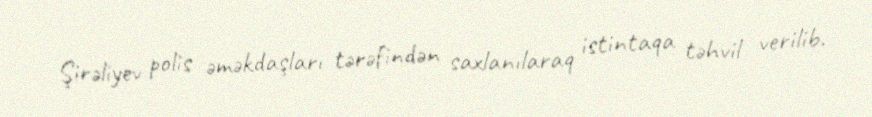
Şirəliyev polis əməkdaşları tərəfindən saxlanılaraq istintaqa təhvil verilib.